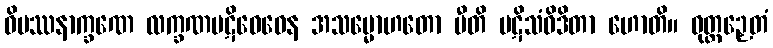
ဝိပဿနာက္ခဏေ လက္ခဏပဋိဝေဓေန အသမ္မောဟတော ပီတိ ပဋိသံဝိဒိတာ ဟောတိ။ ဝုတ္တဉှေတံ